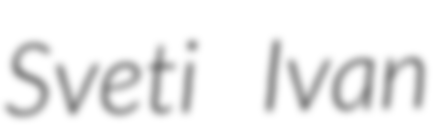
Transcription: Sveti Ivan